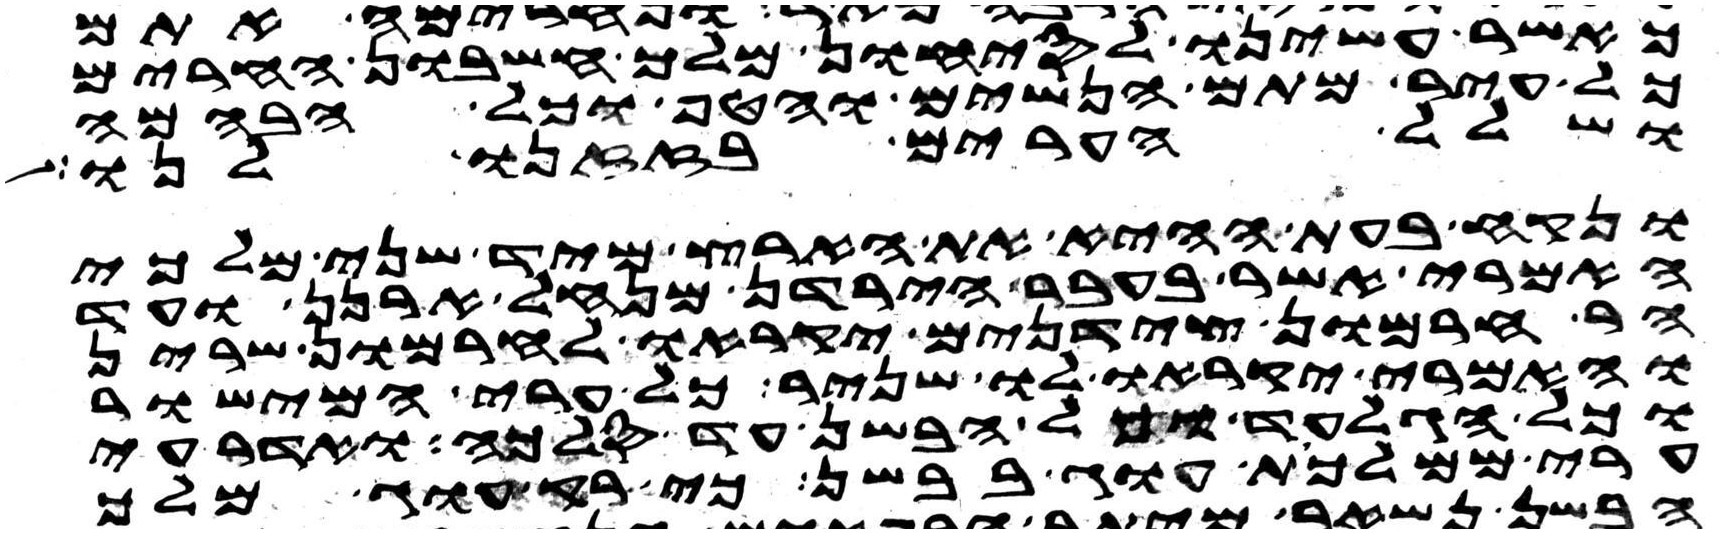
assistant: כאשר עשינו לסיחון מלך חשבון החרים
כל עיר מתם הנשים והטף וכל הבהמה
ושלל הערים בזזנו לנו
ונקח בעת ההיא את הארץ מיד שני מלכי
האמרי אשר בעבר הירדן מנחל ארנן ועד
הר חרמון צידנים יקראו לחרמון שרין
והאמרי יקראו לו שניר כל ערי המישור
וכל הגלעד וכל הבשן עד סלכה ואדרעי
ערי ממלכת עוג בבשן כי רק עוג מלך